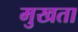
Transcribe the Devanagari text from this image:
मुखता